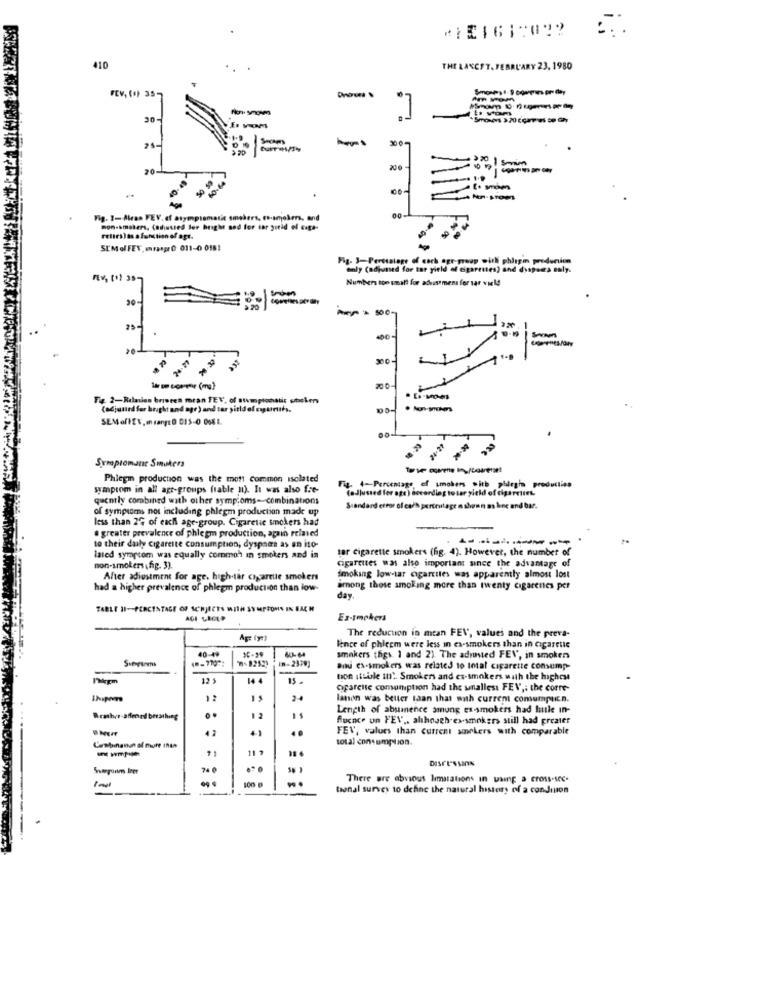
*151612032
410
THE LANCET, FEBRUARY 23, 1980
FEV, (O) 35-
Secaps
30 0
20
Sevim
200
-
==== 1
Fig. 1- Airan FEV. of asymptomatic smokers, co-smokers, and
non-smokers, Cathusted ter bright and for sar greid of ciga-
rettes) is a function of age.
SEMel FEV. mrasprC 011-0 0181
Fig. 3-Perttalage of each ogr-group with phlegin production
only (odpuned for tor yield of cigarettes? and dyspsea saly.
Numbers too small for adeist mens for sar vield
20
24.21
200-
Fig. 2-Relaiss brieren moran FEV, of atmplomatic selen
(adjusted for bright and age ) and tar şitld of caguments.
SEMoffEV, msange0 015-0 066 1.
Suropromane Smakers
Phlegm production was the most Common isolated
Fig. 4-Percentage ef smokers with phlegin producties
symptom in all agt-groups (rable n). It was also fre-
(adjusted for oge ) according to tar yield of cigarettet.
quently combined with other symptoms-combinations
of symptoms not including phlegm production made up
Standard error of each pertrutage m abenn as line and bar.
less than 2G of each age-group. Cigarette smokers had
# greater prevalence of phlegm production, again related
to their daily cigarette consumption; dyspnes as an ito-
tar cigarette smokers (fig. 4). However, the number of
lated symptom was equally commoh in smokers and in
cigarettes was also important since the advantage of
non-smokers (fig. 3).
After adiestment for age, high-tar cigarette smokers
Smoking low-tar cigarettes was apparently almost lost
had a higher prevalence of phlegm production than low-
among those smoking more than twenty cigarenes per
day.
FABLE II-PERCENTAGE OF SCHJECTS W
OF SCHJECTS WITH SYMPTOMS IN BACH
AGI LIGLP
Ex-smokers
The reduction in mtan FEV, values and the preva-
40-49
Ience of phiccm were less in ex-smokers than in cigarette
in-2339)
smakers thes. 1 and 2). The adynsted FEV, in smoker
and ex-smokers was related to total cigarette consump-
13kgm
12 5
14 4
15 -
bon stbible In" Smokers and es-smokers with the highest
oparente comomption had the sinalless FEV ,; the corre-
1hiper
lanon was better than that with current comumpuin.
Length of abuinence amung ex-smokers had hutle in-
..
fluence un FEV ,, although ex-smokers still had greater
41
..
FEV, values than current smokers with comparable
total consumption.
Cantinanun of more than
11 3
Desre-ssans
74 €
There are obvious limitations in whip a cross-sec.
8
tional survey to define the natural history of a condition